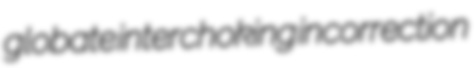
globate interchoking incorrection